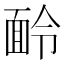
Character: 𩈖